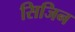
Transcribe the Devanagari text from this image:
सिजिन